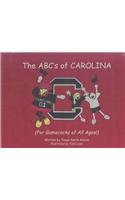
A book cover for ABC's of Carolina: (For Gamecocks of All Ages!) (Collegiate ABC Books); Tonya Smith Atkins; Teen & Young Adult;